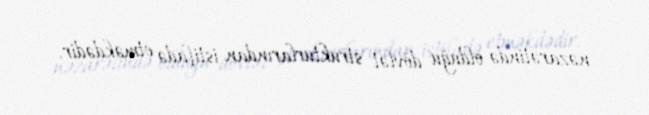
nəzarətində olduğu dövlət strukturlarından istifadə etməkdədir.